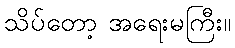
သိပ်တော့ အရေးမကြီး။